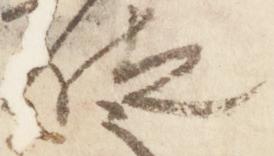
位